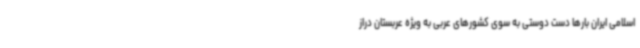
اسلامی ایران بارها دست دوستی به سوی کشورهای عربی به ویژه عربستان دراز